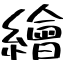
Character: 繪